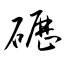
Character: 礰